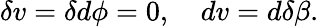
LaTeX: \delta v=\delta d\phi=0,\quad dv=d\delta\beta.